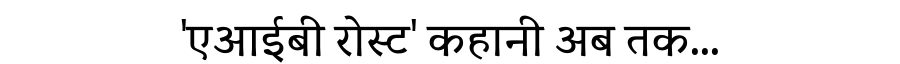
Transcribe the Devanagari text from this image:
'एआईबी रोस्ट' कहानी अब तक...